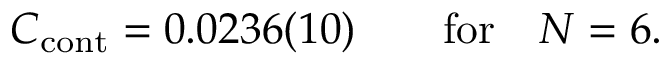
C _ { \mathrm { c o n t } } = 0 . 0 2 3 6 ( 1 0 ) \qquad \mathrm { f o r } \quad N = 6 .